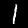
Digit: 1